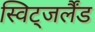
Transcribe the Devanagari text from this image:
स्विट्जर्लैंड